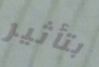
بتأثير